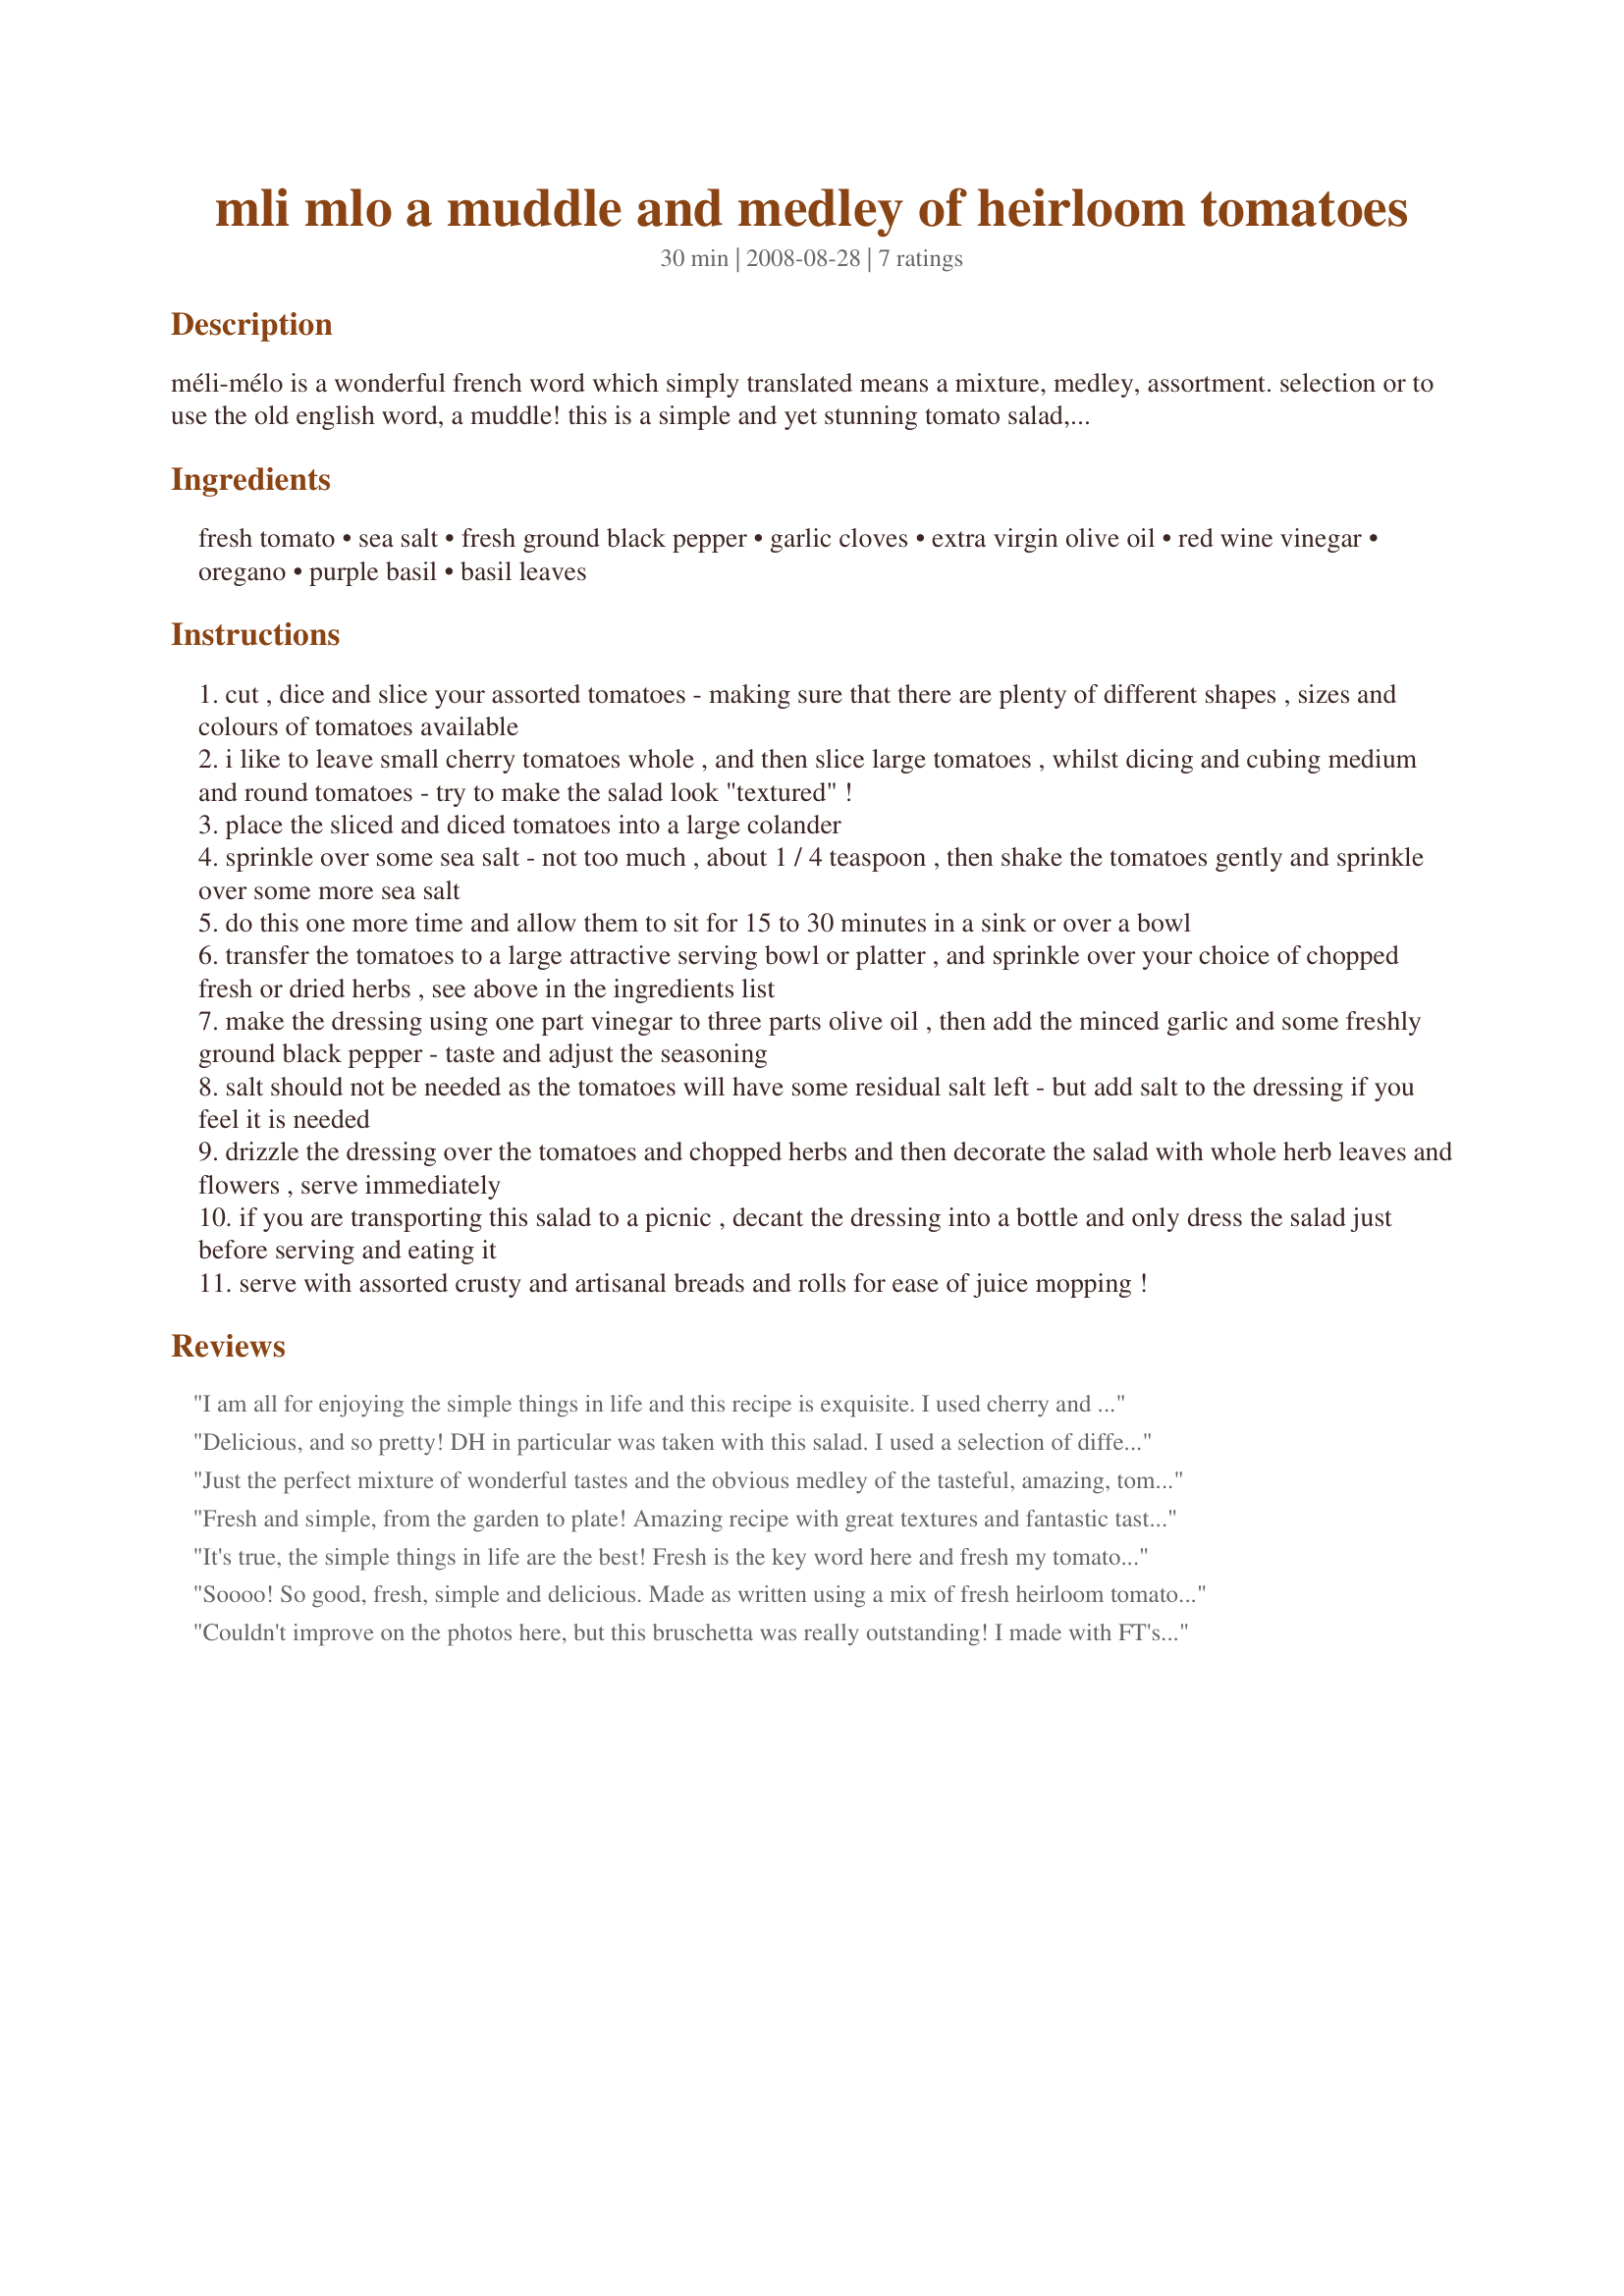
mli mlo a muddle and medley of heirloom tomatoes
Preparation time: 30 minutes

méli-mélo is a wonderful french word which simply translated means a mixture, medley, assortment. selection or to use the old english word, a muddle! this is a simple and yet stunning tomato salad, which relies heavily on assorted sun-ripened tomatoes, sea salt, herbs and good olive oil. it makes a "stand-alone" meal or a wonderful accompaniment. the tomatoes i used in the salad in my photographs were good old fashioned heirloom tomatoes called: pineapple (yellow and mottled red inside - sweet and fruity flavoured), black krim (black-ish skin and dark purple inside - tangy taste), marmande (traditional french toms with a beefy taste and texture), brandywine (dark bordeaux colour with superb flavour), moneymaker (traditional english toms - a gardener's favourite - full of flavour) and auriga (medium orange tom with a sharp and tangy flavour). try to use a selection of different shapes, colours and flavours when you make this salad. do not omit the salting process – it is essential to this recipe as it brings out the flavours to their fullest……trust me; this salad is not salty as the salt drains away with the excess tomato juices! serve this with grilled artisanal breads such as boule, couronne, ciabatta, cottage loaf, home-made breads or crusty rolls. grilled cheese or fresh goat’s cheese is also a wonderful addition to this salad. alternatively, serve it alongside grilled or barbecued meats or with pasties, pies or quiches – it really is simply delicious just by itself however!

Ingredients:
fresh tomato, sea salt, fresh ground black pepper, garlic cloves, extra virgin olive oil, red wine vinegar, oregano, purple basil, basil leaves

Steps:
cut , dice and slice your assorted tomatoes - making sure that there are plenty of different shapes , sizes and colours of tomatoes available
i like to leave small cherry tomatoes whole , and then slice large tomatoes , whilst dicing and cubing medium and round tomatoes - try to make the salad look "textured" !
place the sliced and diced tomatoes into a large colander
sprinkle over some sea salt - not too much , about 1 / 4 teaspoon , then shake the tomatoes gently and sprinkle over some more sea salt
do this one more time and allow them to sit for 15 to 30 minutes in a sink or over a bowl
transfer the tomatoes to a large attractive serving bowl or platter , and sprinkle over your choice of chopped fresh or dried herbs , see above in the ingredients list
make the dressing using one part vinegar to three parts olive oil , then add the minced garlic and some freshly ground black pepper - taste and adjust the seasoning
salt should not be needed as the tomatoes will have some residual salt left - but add salt to the dressing if you feel it is needed
drizzle the dressing over the tomatoes and chopped herbs and then decorate the salad with whole herb leaves and flowers , serve immediately
if you are transporting this salad to a picnic , decant the dressing into a bottle and only dress the salad just before serving and eating it
serve with assorted crusty and artisanal breads and rolls for ease of juice mopping !

Reviews:
I am all for enjoying the simple things in life and this recipe is exquisite. I used cherry and grape tomatoes. I could platefuls of this day after day...oh, and be sure to have some good, crusty bread - the tomato juices that puddle in the dish are divine. I took French Tart's advice and grilled some chevre to serve alongside and I was very, very happy.
Delicious, and so pretty! DH in particular was taken with this salad. I used a selection of different cherry tomatoes in different sizes, shapes, and colors, cut in halves or quarters. I served it with recipe #250126. I used a lot of fresh basil on it, as well as a generous amount of fresh pepper. Thanks so much for sharing, FT! Made for the French Tart Cookathon in the Everyday is a Holiday tag game.
Just the perfect mixture of wonderful tastes and the obvious medley of the tasteful, amazing, tomato. Very easy to put together, and you get a million dollar taste for the small amount of prep. Oh the pleasure of sitting down to a plate of summer tomatoes and looking forward to next year when I will be doing the same. I used all types of tomatoes, except; I didn't have yellow ones. Not to matter, all the tastes & textures worked out perfectly and I followed this exactly. The mixture of fresh oregano, the fresh garlic, and salt was really terrific, and the crowning pinnacle was the tomato itself, ripened from the warmth of the summer days and summer nights. This was perfect, and will use this often, FT. Nothing else I can say would do justice to this wonderful recipe. Thanks for posting it, FT!
Fresh and simple, from the garden to plate! Amazing recipe with great textures and fantastic tastes!
Simple and perfect, the flavours of the tomatoes and dressing go together so well. I served with basil, chives, and parsley all fresh from the garden and dried oregano.
This is just a wonderful recipe.
Simple, easy with fantastic flavvours.
Thanks F.T/F.S for another great recipe!
It's true, the simple things in life are the best! Fresh is the key word here and fresh my tomatoes were! Some were picked fresh from the garden and cut while still warm from the sun. I could go on, but won't. Thanks so much! Made for the Australian Swap#20.
Soooo! So good, fresh, simple and delicious. Made as written using a mix of fresh heirloom tomatoes, sea salt, garlic and basil. Thanks so much not just for the post but also for teaching us a new technique in tomato perpetration. There is nothing not to love about this recipe. Will be making aging and aging.
Couldn't improve on the photos here, but this bruschetta was really outstanding! I made with FT's recipe#372253 because I thought it would be an excellent foil to this recipe (even with the cherry tomatoes here), and I was not disappointed. Made with 1 heirloom tomato (yellow and red), 1 vine ripened tomato and several grape tomatoes. Reduced the oil to save some cals. Did not have purple basil, but used plenty of regular to great effect. Too, too yummy.
